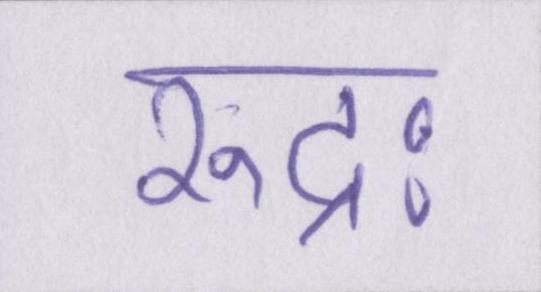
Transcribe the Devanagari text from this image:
रुद्रः